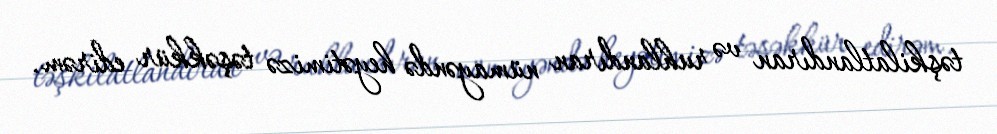
təşkilatlandıran və ruhlandıran nümayəndə heyətimizə təşəkkür edirəm.